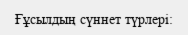
Ғұсылдың сүннет түрлері: